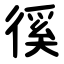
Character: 徯